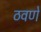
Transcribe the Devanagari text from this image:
ठवणे